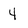
Character: 4